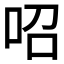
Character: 𠰉